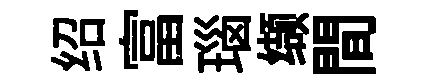
绍富瑙缬間